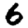
Digit: 6